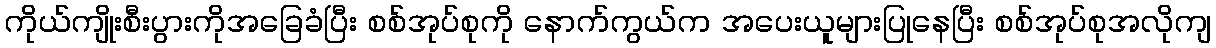
ကိုယ်ကျိုးစီးပွားကိုအခြေခံပြီး စစ်အုပ်စုကို နောက်ကွယ်က အပေးယူများပြုနေပြီး စစ်အုပ်စုအလိုကျ